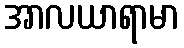
အာလယာရာမာ